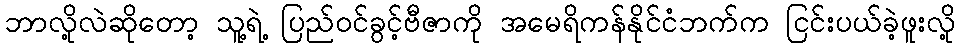
ဘာလို့လဲဆိုတော့ သူ့ရဲ့ ပြည်ဝင်ခွင့်ဗီဇာကို အမေရိကန်နိုင်ငံဘက်က ငြင်းပယ်ခဲ့ဖူးလို့